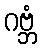
ဂဗ္ဘံ